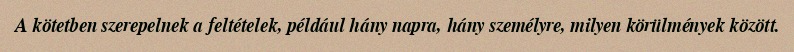
A kötetben szerepelnek a feltételek, például hány napra, hány személyre, milyen körülmények között.